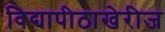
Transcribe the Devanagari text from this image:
विद्यापीठाखेरीज